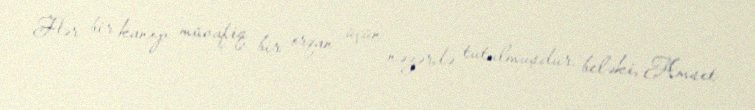
Hər bir kanop müvafiq bir orqan üçün nəzərdə tutulmuşdur, beləki, Amset